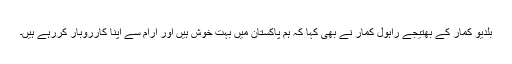
بلدیو کمار کے بھتیجے راہول کمار نے بھی کہا کہ ہم پاکستان میں بہت خوش ہیں اور آرام سے اپنا کارروبار کررہے ہیں۔